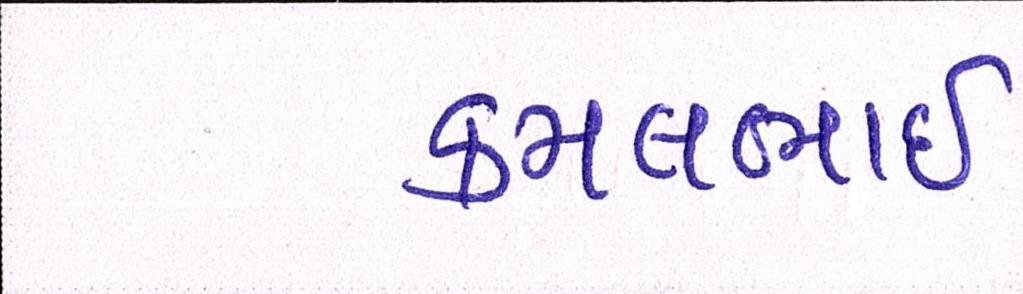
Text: કમલભાઇ